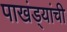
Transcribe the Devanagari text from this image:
पाखंड्यांची